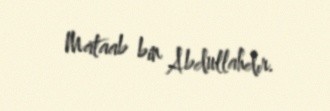
Mataab bin Abdullahdır.